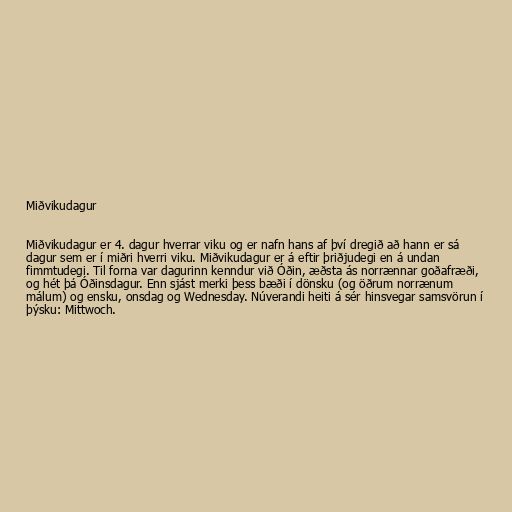
Miðvikudagur

Miðvikudagur er 4. dagur hverrar viku og er nafn hans af því dregið að hann er sá
dagur sem er í miðri hverri viku. Miðvikudagur er á eftir þriðjudegi en á undan
fimmtudegi. Til forna var dagurinn kenndur við Óðin, æðsta ás norrænnar goðafræði,
og hét þá Óðinsdagur. Enn sjást merki þess bæði í dönsku (og öðrum norrænum
málum) og ensku, onsdag og Wednesday. Núverandi heiti á sér hinsvegar samsvörun í
þýsku: Mittwoch.